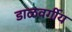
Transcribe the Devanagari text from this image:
डाळवर्गीय